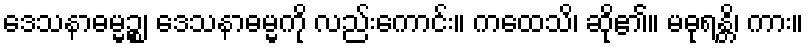
ဒေသနာဓမ္မဉ္စ၊ ဒေသနာဓမ္မကို လည်းကောင်း။ ကထေသိ၊ ဆို၏။ မဓုရန္တိ၊ ကား။